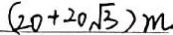
( 2 0 + 2 0 \sqrt { 3 } ) m